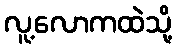
လူ့လောကထဲသို့